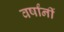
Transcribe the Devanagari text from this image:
वर्षांनीं